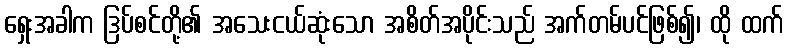
ရှေးအခါက ဒြပ်စင်တို့၏ အသေးငယ်ဆုံးသော အစိတ်အပိုင်းသည် အက်တမ်ပင်ဖြစ်၍၊ ထို ထက်